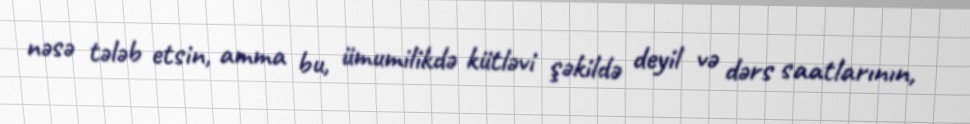
nəsə tələb etsin, amma bu, ümumilikdə kütləvi şəkildə deyil və dərs saatlarının,